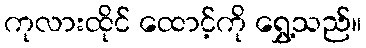
ကုလားထိုင် ထောင့်ကို ရွှေ့သည်။